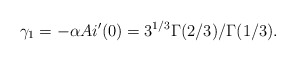
\begin{align*}\gamma_1 = - \alpha Ai'(0)= 3^{1/3}\Gamma(2/3)/\Gamma(1/3). \end{align*}